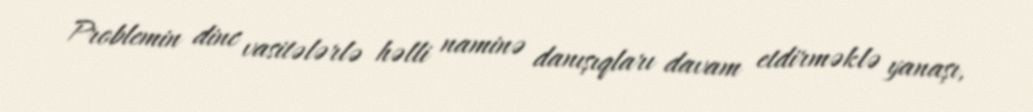
Problemin dinc vasitələrlə həlli naminə danışıqları davam etdirməklə yanaşı,